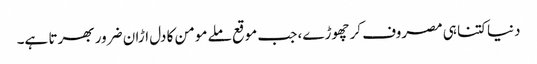
دنیا کتنا ہی مصروف کر چھوڑے، جب موقع ملے مومن کا دل اڑان ضرور بھرتا ہے۔